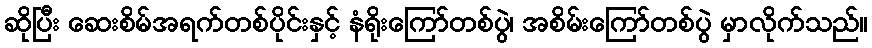
ဆိုပြီး ဆေးစိမ်အရက်တစ်ပိုင်းနှင့် နံရိုးကြော်တစ်ပွဲ၊ အစိမ်းကြော်တစ်ပွဲ မှာလိုက်သည်။